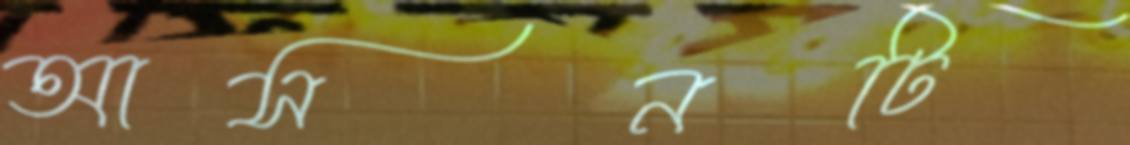
আসনটি